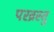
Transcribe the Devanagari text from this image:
परव्रस्तु